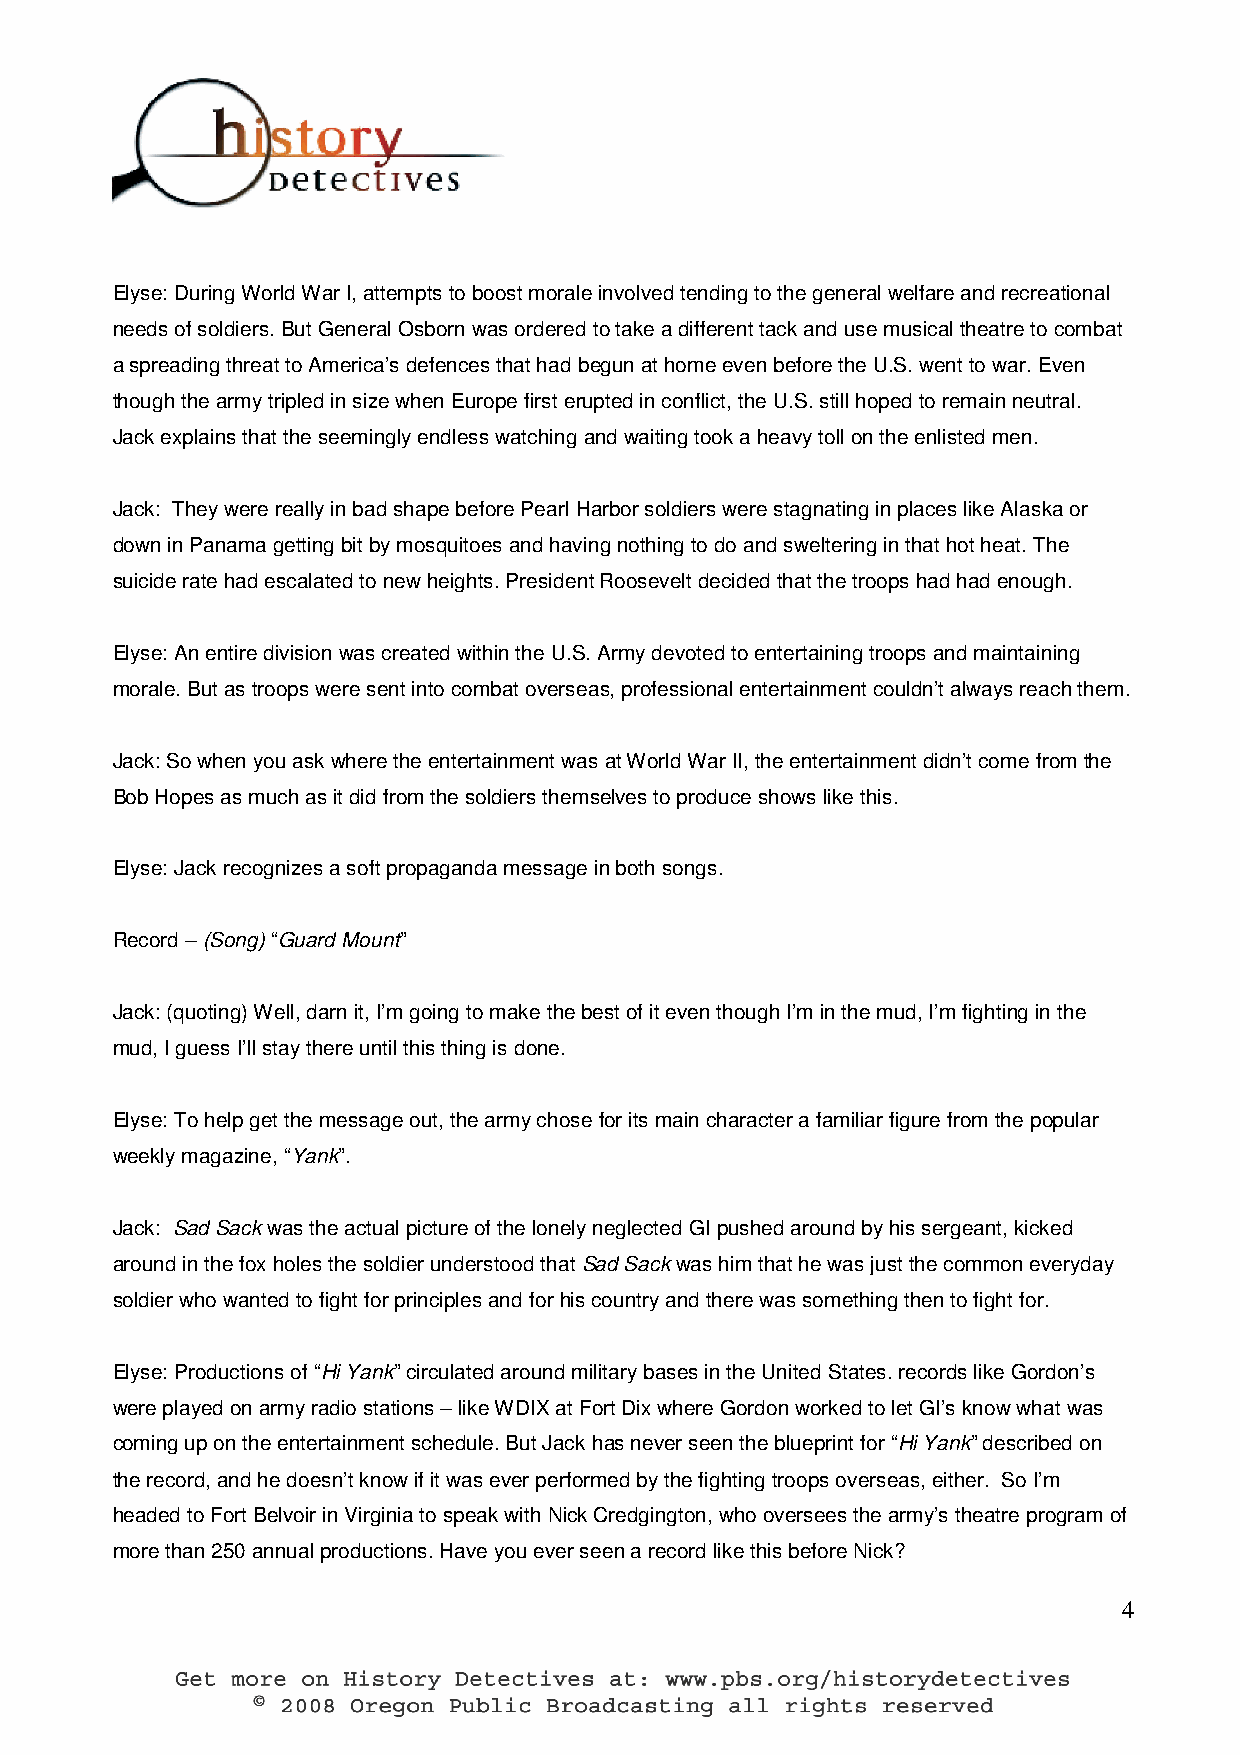
Elyse: During World War I, attempts to boost morale involved tending to the general welfare and recreational
 needs of soldiers. But General Osborn was ordered to take a different tack and use musical theatre to combat
 a spreading threat to America’s defences that had begun at home even before the U.S. went to war. Even
 though the army tripled in size when Europe first erupted in conflict, the U.S. still hoped to remain neutral.
 Jack explains that the seemingly endless watching and waiting took a heavy toll on the enlisted men.
 Jack: They were really in bad shape before Pearl Harbor soldiers were stagnating in places like Alaska or
 down in Panama getting bit by mosquitoes and having nothing to do and sweltering in that hot heat. The
 suicide rate had escalated to new heights. President Roosevelt decided that the troops had had enough.
 Elyse: An entire division was created within the U.S. Army devoted to entertaining troops and maintaining
 morale. But as troops were sent into combat overseas, professional entertainment couldn’t always reach them.
 Jack: So when you ask where the entertainment was at World War II, the entertainment didn’t come from the
 Bob Hopes as much as it did from the soldiers themselves to produce shows like this.
 Elyse: Jack recognizes a soft propaganda message in both songs.
 Record – (Song) “Guard Mount”
 Jack: (quoting) Well, darn it, I’m going to make the best of it even though I’m in the mud, I’m fighting in the
 mud, I guess I’ll stay there until this thing is done.
 Elyse: To help get the message out, the army chose for its main character a familiar figure from the popular
 weekly magazine, “Yank”.
 Jack: Sad Sack was the actual picture of the lonely neglected GI pushed around by his sergeant, kicked
 around in the fox holes the soldier understood that Sad Sack was him that he was just the common everyday
 soldier who wanted to fight for principles and for his country and there was something then to fight for.
 Elyse: Productions of “Hi Yank” circulated around military bases in the United States. records like Gordon’s
 were played on army radio stations – like WDIX at Fort Dix where Gordon worked to let GI’s know what was
 coming up on the entertainment schedule. But Jack has never seen the blueprint for “Hi Yank” described on
 the record, and he doesn’t know if it was ever performed by the fighting troops overseas, either. So I’m
 headed to Fort Belvoir in Virginia to speak with Nick Credgington, who oversees the army’s theatre program of
 more than 250 annual productions. Have you ever seen a record like this before Nick?
 4